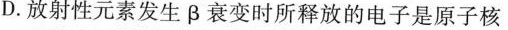
D.放射性元素发生β衰变时所释放的电子是原子核